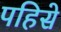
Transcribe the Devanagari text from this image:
पहिसे